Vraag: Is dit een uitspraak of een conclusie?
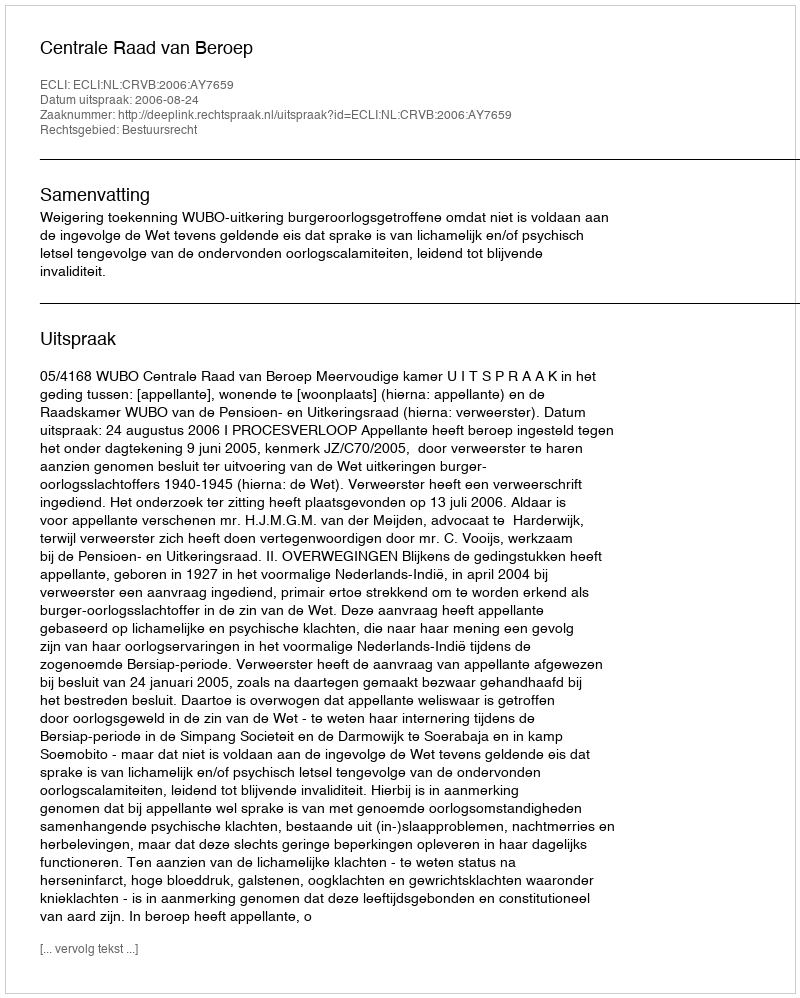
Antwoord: Uitspraak